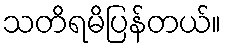
သတိရမိပြန်တယ်။